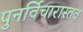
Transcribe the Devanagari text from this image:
पुनर्विचारास्तव